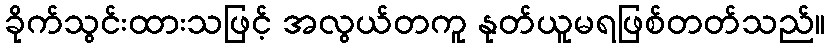
ခိုက်သွင်းထားသဖြင့် အလွယ်တကူ နုတ်ယူမရဖြစ်တတ်သည်။